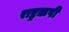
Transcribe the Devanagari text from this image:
राष्ट्रऋषी